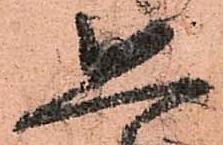
恐